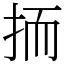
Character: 㧫